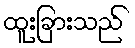
ထူးခြားသည်